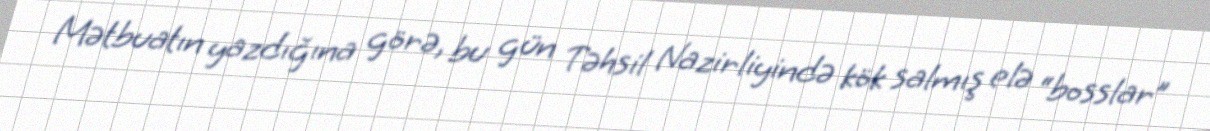
Mətbuatın yazdığına görə, bu gün Təhsil Nazirliyində kök salmış elə “bosslar”